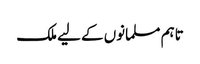
تاہم مسلمانوں کے لیے ملک